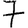
Digit: 7